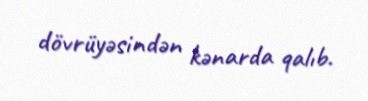
dövrüyəsindən kənarda qalıb.